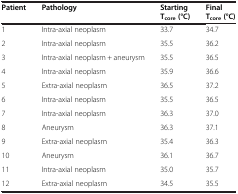
<table><thead><tr><td><b>Patient</b></td><td><b>Pathology</b></td><td><b>Starting T<sub>core</sub>(°C)</b></td><td><b>Final T<sub>core</sub>(°C)</b></td></tr></thead><tbody><tr><td>1</td><td>Intra-axial neoplasm</td><td>33.7</td><td>34.7</td></tr><tr><td>2</td><td>Intra-axial neoplasm</td><td>35.5</td><td>36.2</td></tr><tr><td>3</td><td>Intra-axial neoplasm + aneurysm</td><td>35.5</td><td>36.5</td></tr><tr><td>4</td><td>Intra-axial neoplasm</td><td>35.9</td><td>36.6</td></tr><tr><td>5</td><td>Extra-axial neoplasm</td><td>36.5</td><td>37.2</td></tr><tr><td>6</td><td>Intra-axial neoplasm</td><td>35.5</td><td>36.5</td></tr><tr><td>7</td><td>Intra-axial neoplasm</td><td>36.3</td><td>37.0</td></tr><tr><td>8</td><td>Aneurysm</td><td>36.3</td><td>37.1</td></tr><tr><td>9</td><td>Extra-axial neoplasm</td><td>35.4</td><td>36.3</td></tr><tr><td>10</td><td>Aneurysm</td><td>36.1</td><td>36.7</td></tr><tr><td>11</td><td>Intra-axial neoplasm</td><td>35.0</td><td>35.7</td></tr><tr><td>12</td><td>Extra-axial neoplasm</td><td>34.5</td><td>35.5</td></tr></tbody></table>